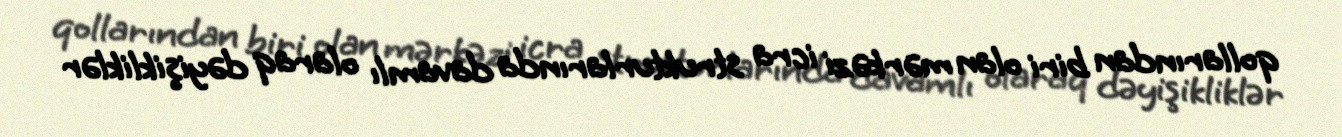
qollarından biri olan mərkəzi icra strukturlarında davamlı olaraq dəyişikliklər